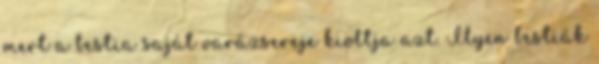
mert a bestia saját varázsereje kioltja azt. Ilyen bestiák